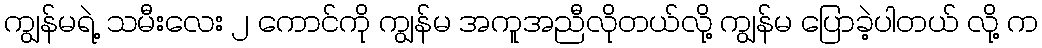
ကျွန်မရဲ့ သမီးလေး ၂ ကောင်ကို ကျွန်မ အကူအညီလိုတယ်လို့ ကျွန်မ ပြောခဲ့ပါတယ် လို့ က